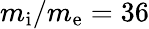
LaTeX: m_{\mathrm{i}}/m_{\mathrm{e}}=36